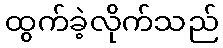
ထွက်ခဲ့လိုက်သည်